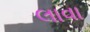
લાવા